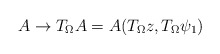
\begin{align*}A \rightarrow T_\Omega A= A(T_\Omega z, T_\Omega \psi_1)\end{align*}